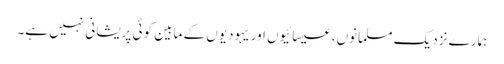
ہمارے نزدیک مسلمانوں، عیسائیوں اور یہودیوں کے مابین کوئی پریشانی نہیں ہے۔